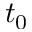
t _ { 0 }